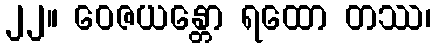
၂၂။ ဝေဇယန္တော ရထော တဿ၊